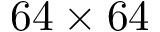
6 4 \times 6 4